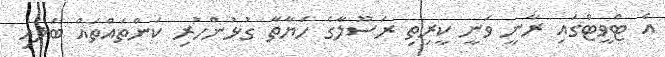
އެ ޓްވީޓްގައި ރާނީ ވަނީ ކީރިތި ރަސޫލާގެ ހަޔާތާ ގުޅުންހުރި ކަންތައްތައް ބަލައި